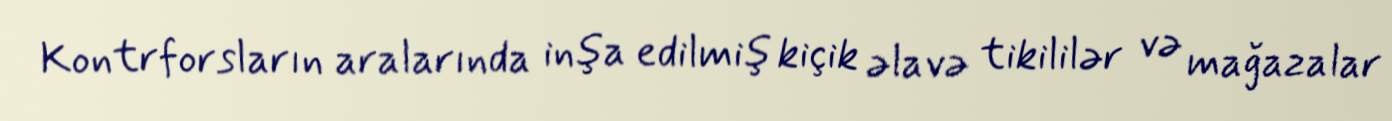
Kontrforsların aralarında inşa edilmiş kiçik əlavə tikililər və mağazalar